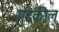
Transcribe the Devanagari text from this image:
गुदकील